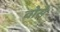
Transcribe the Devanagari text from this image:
वोसे